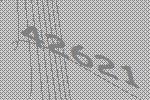
42621